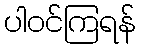
ပါဝင်ကြရန်